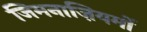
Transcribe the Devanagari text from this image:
जिमनाज़ियमों